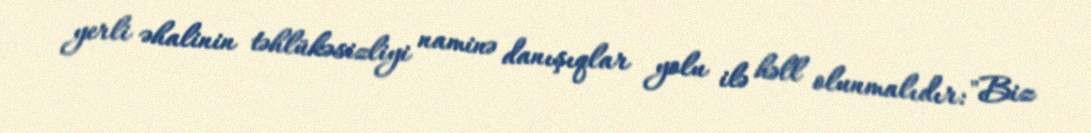
yerli əhalinin təhlükəsizliyi naminə danışıqlar yolu ilə həll olunmalıdır: "Biz